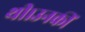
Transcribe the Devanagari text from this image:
थी।उनकीं